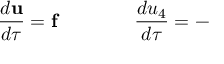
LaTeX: \frac { d \mathbf { u } } { d \tau } = \mathbf { f } \qquad \qquad \frac { d u _ { 4 } } { d \tau } = -